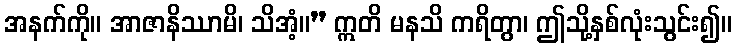
အနက်ကို။ အာဇာနိဿာမိ၊ သိအံ့။” ဣတိ မနသိ ကရိတွာ၊ ဤသို့နှစ်လုံးသွင်း၍။